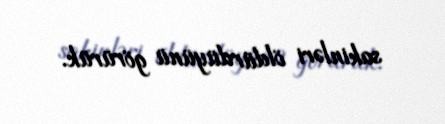
sakinləri öldürdüyünü görürük.